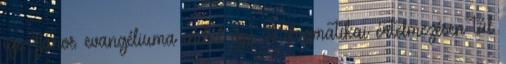
ige. János evangéliuma indul így. A dogmatikai értelmezésen túl